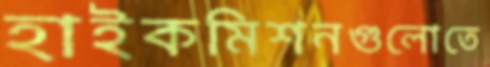
হাইকমিশনগুলোতে